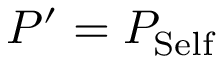
P ^ { \prime } = P _ { \mathrm { S e l f } }